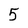
Character: 5